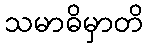
သမာဓိမှာတိ